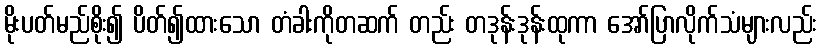
မိုးပတ်မည်စိုး၍ ပိတ်၍ထားသော တံခါးကိုတဆက် တည်း တဒုန်းဒုန်းထုကာ အော်ပြာလိုက်သံများလည်း